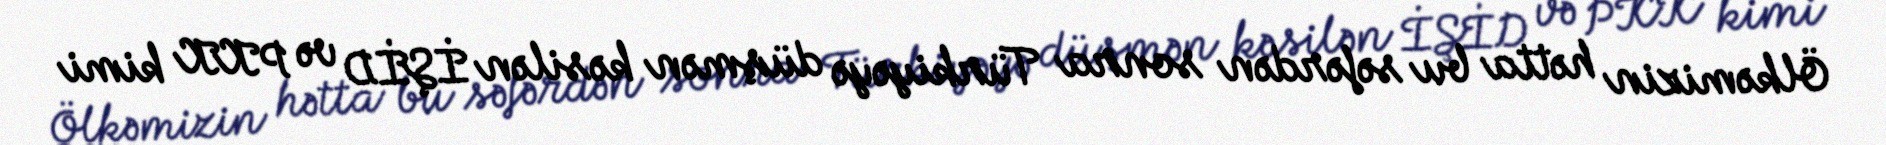
Ölkəmizin hətta bu səfərdən sonra Türkiyəyə düşmən kəsilən İŞİD və PKK kimi